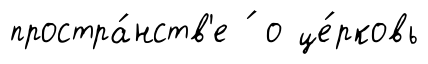
простра́нств'е ́ о це́рковь